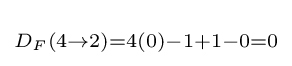
\scriptstyle D_{F}(4\rightarrow 2)=4(0)-1+1-0=0